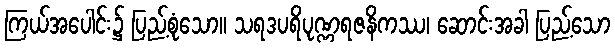
ကြယ်အပေါင်း၌ ပြည့်စုံသော။ သရဒပရိပုဏ္ဏရဇနိကဿ၊ ဆောင်းအခါ ပြည့်သော